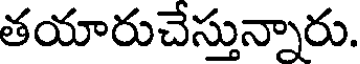
తయారుచేస్తున్నారు.